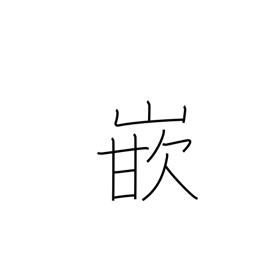
Meaning: go into